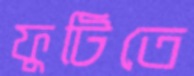
ফুটিতে